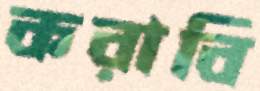
করাবি